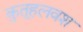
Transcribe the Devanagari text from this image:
कुतूहलवश